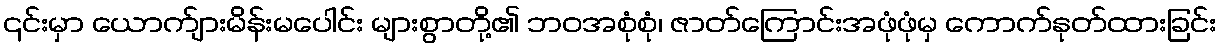
၎င်းမှာ ယောက်ျားမိန်းမပေါင်း များစွာတို့၏ ဘဝအစုံစုံ၊ ဇာတ်ကြောင်းအဖုံဖုံမှ ကောက်နုတ်ထားခြင်း